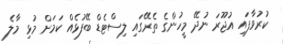
ކުރުވާފައި އުޖޫރަ ނުދޭ މީހުންގެ ތެރޭގައި ލިސްޓެޑް ބޭފުޅެއް ކަމަށް މުޅި މާލެ